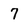
Character: 7